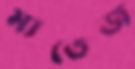
মাতেজ